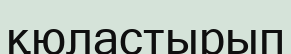
қюластырып